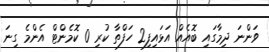
ވަންނަ ދިމާގައި ބޮއެއް އަޅައިފި2 ހަފްތާ ކުރި 0 ކޮމެންޓް އެންމެ ގިނަ